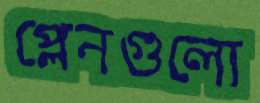
প্লেনগুলো